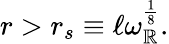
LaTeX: r>r_{s}\equiv\ell\omega_{\mathbb{R}}^{\frac{{1}}{{8}}}.